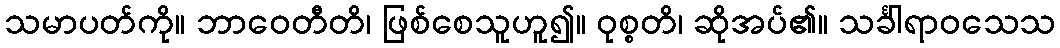
သမာပတ်ကို။ ဘာဝေတီတိ၊ ဖြစ်စေသူဟူ၍။ ဝုစ္စတိ၊ ဆိုအပ်၏။ သင်္ခါရာဝသေသ